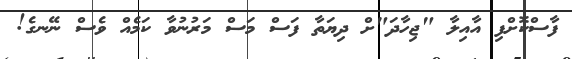
ފާސްކޮށްފި އާއިލާ "ޖިހާދަ"ށް ދިޔަތާ ފަސް މަސް މަރުނުވާ ކަމެއް ވެސް ނޭނގެ!